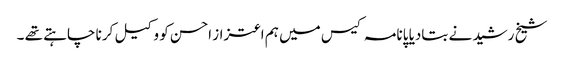
شیخ رشید نے بتادیا پانامہ کیس میں ہم اعتزاز احسن کو وکیل کرنا چاہتے تھے ۔